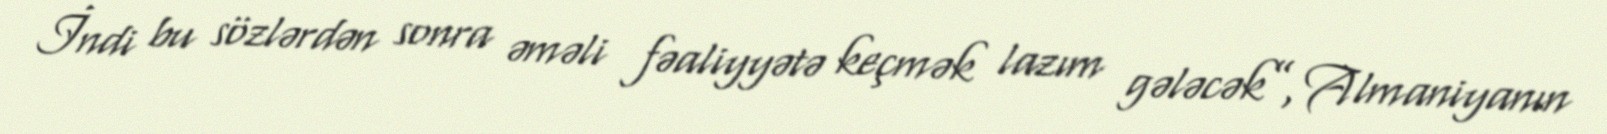
İndi bu sözlərdən sonra əməli fəaliyyətə keçmək lazım gələcək”, Almaniyanın